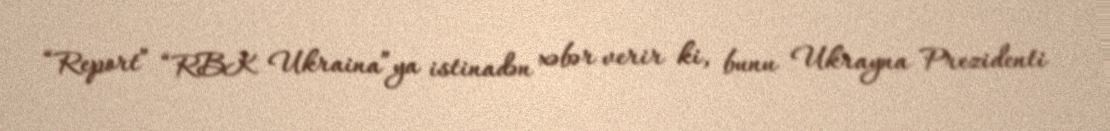
“Report” “RBK Ukraina”ya istinadən xəbər verir ki, bunu Ukrayna Prezidenti